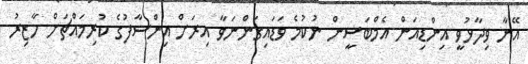
އޭނާ ވިދާޅުވީ އިންޑިއަން އެމްބަސީން ނުކުމެ ވަޑައިގަންނަވާ އިރަށް އިންސާފުގެ ކުރިމައްޗަށް ހާޒިރު